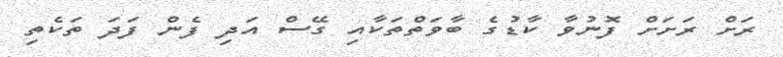
ރަށް ރަށަށް ފޮނުވާ ކާޑުގެ ބާވަތްތަކާއި ގޭސް އަދި ފެން ފަދަ ތަކެތި